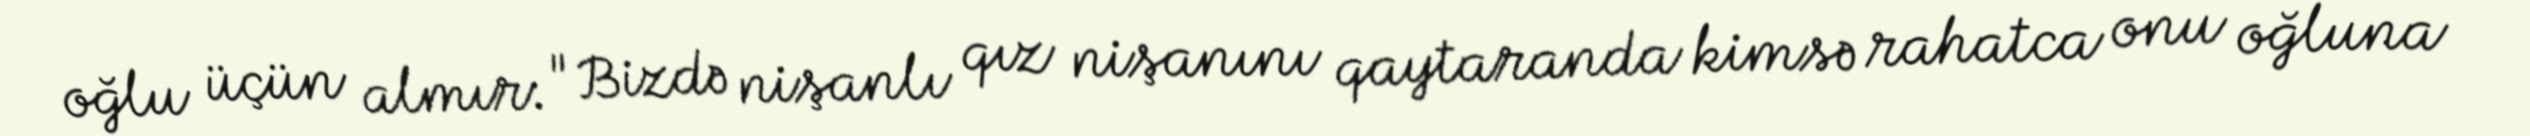
oğlu üçün almır: "Bizdə nişanlı qız nişanını qaytaranda kimsə rahatca onu oğluna